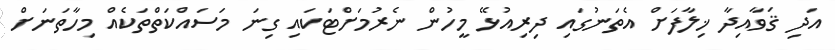
އަދި ޤަވާއިދާ ޚިލާފަށް އެތަނުގައި ދިރިއުޅޭ މީހުން ނެރުމަށްޓަކައި ގިނަ މަސައްކަތްތަކެއް މިހާތަނަށް